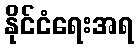
နိုင်ငံရေးအရ